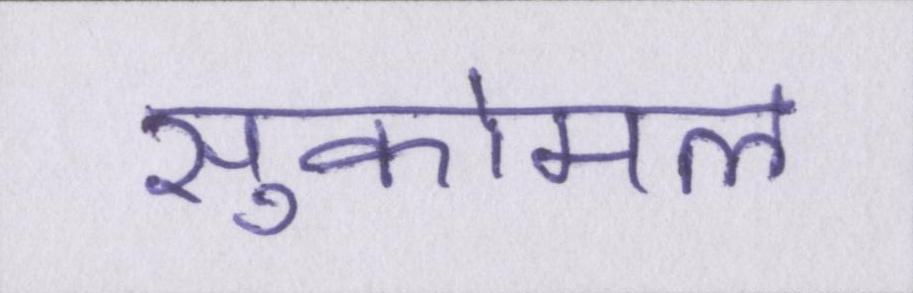
सुकोमल